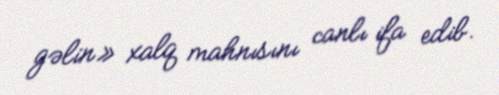
gəlin» xalq mahnısını canlı ifa edib.